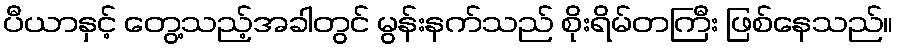
ပီယာနှင့် တွေ့သည့်အခါတွင် မွန်းနက်သည် စိုးရိမ်တကြီး ဖြစ်နေသည်။